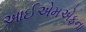
આઈએમએફના